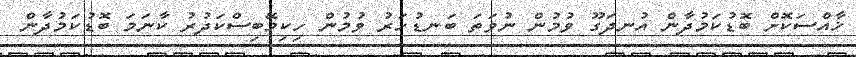
ޚާއްސަކޮށް ބޮޑުކަމުދާން އުނދަގޫ ވުމުން ނުވަތަ ބަނޑުހަރު ވުމުން ހިކިމޭބިސްކަދުރު ކާނަމަ ބޮޑުކަމުދާން